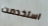
استخدمت